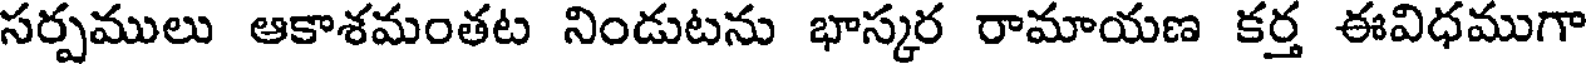
సర్పములు ఆకాశమంతట నిండుటను భాస్కర రామాయణ కర్త ఈవిధముగా